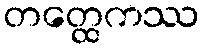
တတ္ထေကဿ